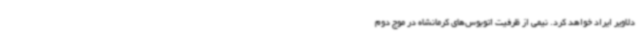
دلاویر ایراد خواهد کرد. نیمی از ظرفیت اتوبوس‌های کرمانشاه در موج دوم